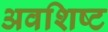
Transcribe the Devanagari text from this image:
अवशिष्‍ट